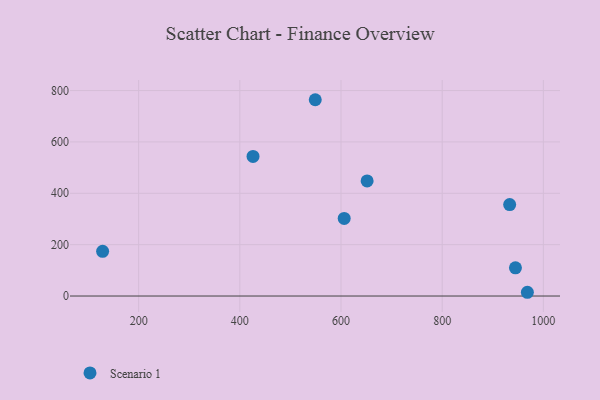
{"axis": {"x": "Price", "y": "Profit"}, "legend": ["Scenario 1"], "data": [{"x": "944.8", "y": 109.9, "type": "Scenario 1"}, {"x": "549.1", "y": 764.3, "type": "Scenario 1"}, {"x": "128.8", "y": 173.9, "type": "Scenario 1"}, {"x": "968.4", "y": 14.6, "type": "Scenario 1"}, {"x": "606.3", "y": 302.1, "type": "Scenario 1"}, {"x": "651.6", "y": 448.3, "type": "Scenario 1"}, {"x": "426.1", "y": 543.6, "type": "Scenario 1"}, {"x": "933.4", "y": 356.2, "type": "Scenario 1"}]}